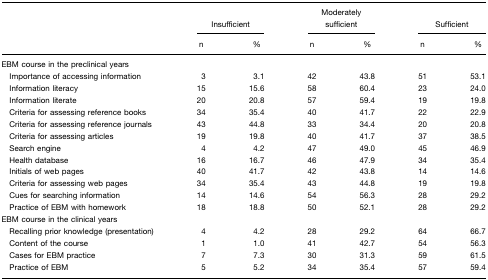
|  | <COLSPAN=2> Insufficient | <COLSPAN=2> Moderately sufficient | <COLSPAN=2> Sufficient |
 |  | n | % | n | % | n | % |
 | --- | --- | --- | --- | --- | --- | --- |
 | <COLSPAN=7> EBM course in the preclinical years |
 | Importance of accessing information | 3 | 3.1 | 42 | 43.8 | 51 | 53.1 |
 | Information literacy | 15 | 15.6 | 58 | 60.4 | 23 | 24.0 |
 | Information literate | 20 | 20.8 | 57 | 59.4 | 19 | 19.8 |
 | Criteria for assessing reference books | 34 | 35.4 | 40 | 41.7 | 22 | 22.9 |
 | Criteria for assessing reference journals | 43 | 44.8 | 33 | 34.4 | 20 | 20.8 |
 | Criteria for assessing articles | 19 | 19.8 | 40 | 41.7 | 37 | 38.5 |
 | Search engine | 4 | 4.2 | 47 | 49.0 | 45 | 46.9 |
 | Health database | 16 | 16.7 | 46 | 47.9 | 34 | 35.4 |
 | Initials of web pages | 40 | 41.7 | 42 | 43.8 | 14 | 14.6 |
 | Criteria for assessing web pages | 34 | 35.4 | 43 | 44.8 | 19 | 19.8 |
 | Cues for searching information | 14 | 14.6 | 54 | 56.3 | 28 | 29.2 |
 | Practice of EBM with homework | 18 | 18.8 | 50 | 52.1 | 28 | 29.2 |
 | <COLSPAN=7> EBM course in the clinical years |
 | Recalling prior knowledge (presentation) | 4 | 4.2 | 28 | 29.2 | 64 | 66.7 |
 | Content of the course | 1 | 1.0 | 41 | 42.7 | 54 | 56.3 |
 | Cases for EBM practice | 7 | 7.3 | 30 | 31.3 | 59 | 61.5 |
 | Practice of EBM | 5 | 5.2 | 34 | 35.4 | 57 | 59.4 |